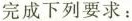
完成下列要求：